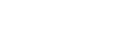
ဧကာဓိပ္ပါယံ